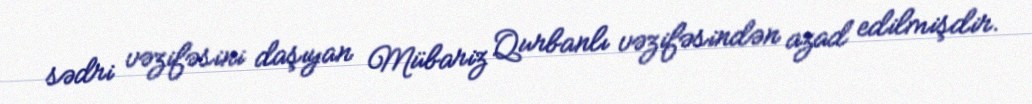
sədri vəzifəsini daşıyan Mübariz Qurbanlı vəzifəsindən azad edilmişdir.